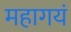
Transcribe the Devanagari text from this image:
महागयं